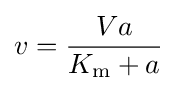
v={{Va} \over {K_{\mathrm {m} }+a}}